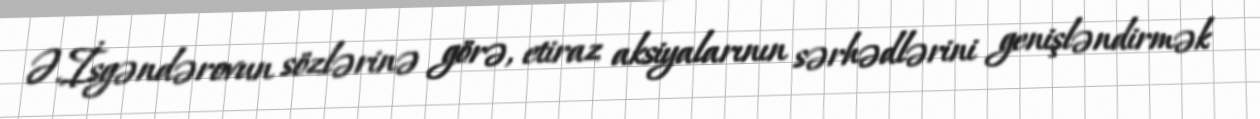
Ə.İsgəndərovun sözlərinə görə, etiraz aksiyalarının sərhədlərini genişləndirmək